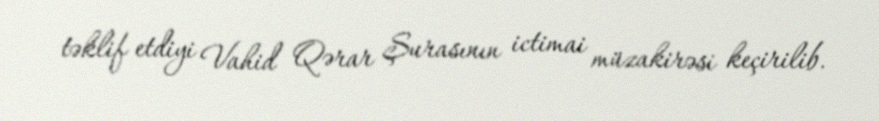
təklif etdiyi Vahid Qərar Şurasının ictimai müzakirəsi keçirilib.